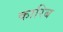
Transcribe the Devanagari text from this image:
कारिब